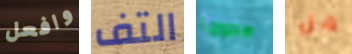
وافعل التف هجوما هل